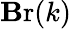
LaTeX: \operatorname{\mathbf{B}r}(k)